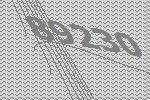
89230